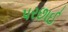
પરછાઈ